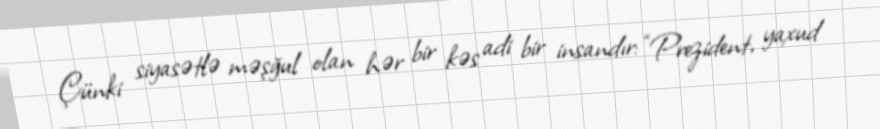
Çünki siyasətlə məşğul olan hər bir kəs adi bir insandır: “Prezident, yaxud